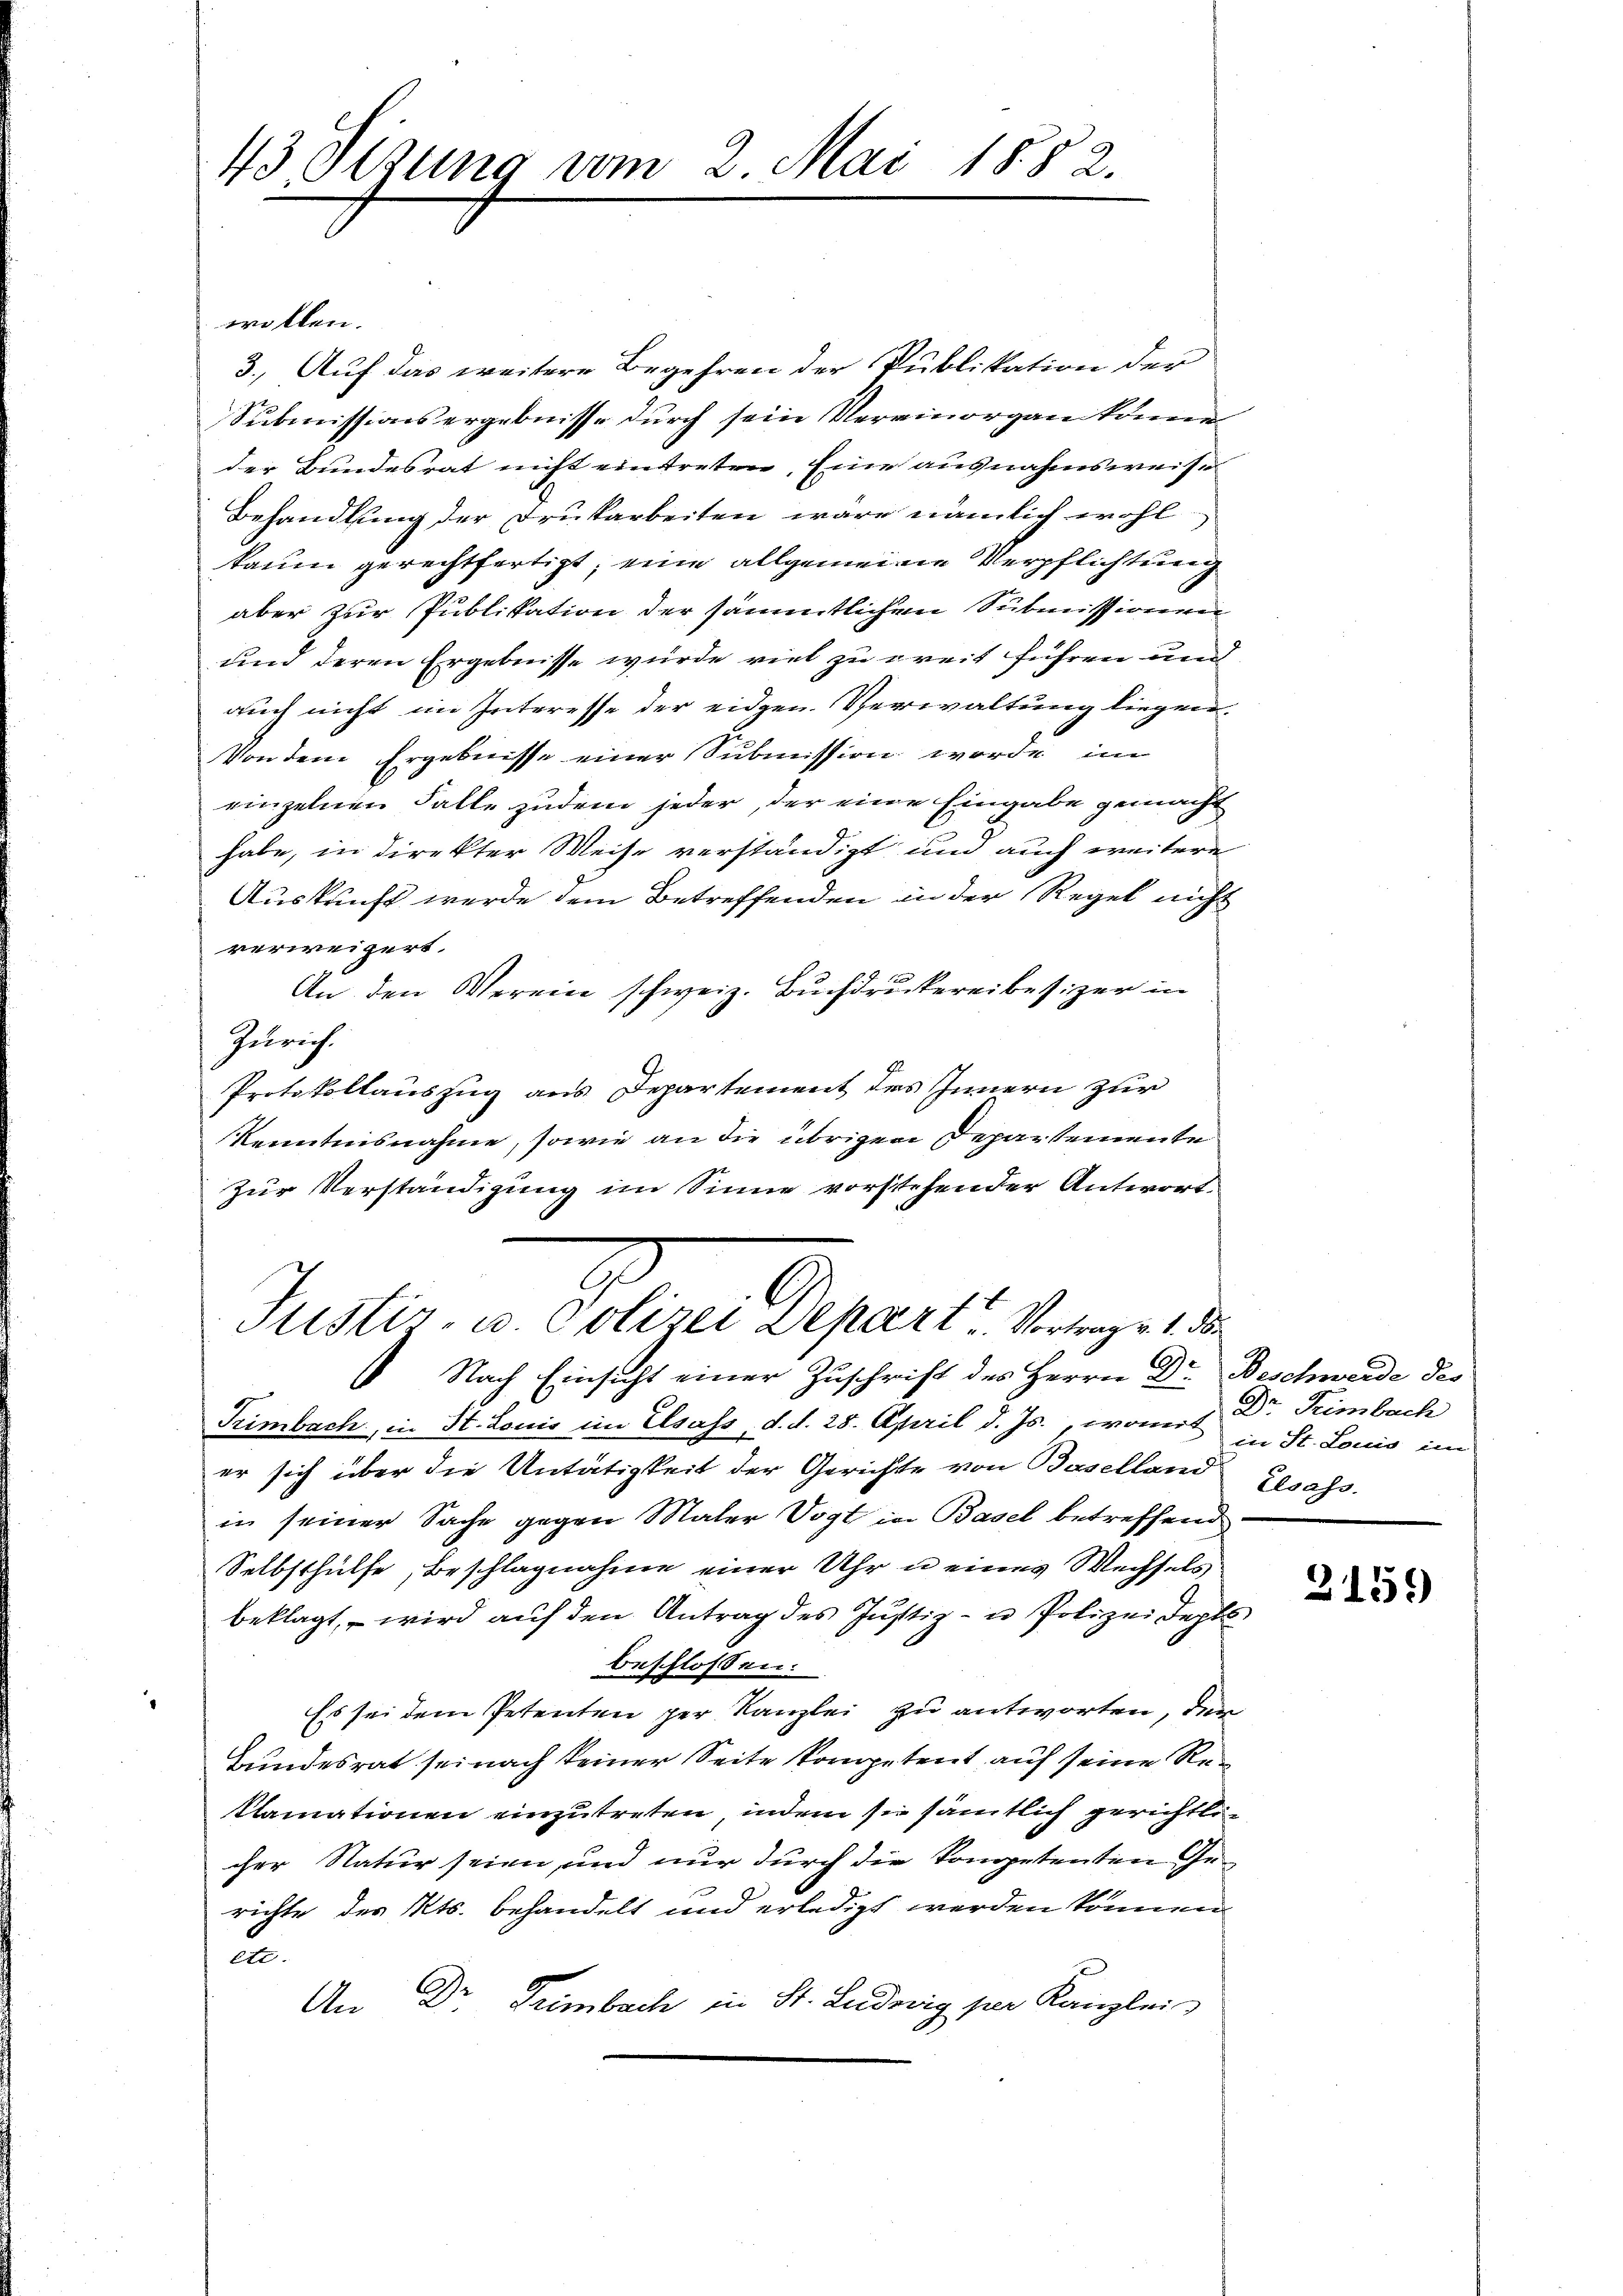
43 Setzung vom 2. Mai 1882.

wollen.
3. Auf das weitere Begehren der Publikation der
Submissionsergebnisse durch sein Verminorgan könne
der Bundesrat nicht eintreten, Eine ausnahmsweise
Behandlung der Drukarbeiten wäre nämlich wohl
kaum gerechtfertigt, eine allgemeine Verpflichtung
aber zur Publikation der sämmtlichem Submissionen
und deren Ergebnisse wurde viel zu weit führen und
auch nicht im Interesse der eidgen. Verwaltung liegen.
Von dem Ergebnisse einer Submission werde im
einzelnen Falle zudem jeder, der eine Eingabe gemacht
habe, in direkter Weise verständigt und auch weitere
Auskunft werde dem Betreffenden in der Regel nicht
verweigert.
An den Verein schweiz. Buchdruckereibesizer in
Zürich.
Protokollauszug aus Departement des Innern zur
Kenntnisnahme, sowie an die übrigen Departemente
Zur Verständigung im Sinne vorstehender Antwort

Justiz- u. Polizei Depart Vortrag v. 1. den
Nach Einsicht einer Zuschrift des Herrn Dr. Beschwerde des

Trimbach, in St. Louis im Elsass, d. d. 28. April d. Js., womit in St. Louis im
er sich über die Untätigkeit der Gerichte von Baselland Gesass.
in seiner Sache gegen Maler Vogt in Basel betreffend
Selbsthülfe, Beschlagnahme einer Uhr u eines Wechsels
beklagt, – wird auf den Antrag des Justiz- u Polizei dept
beschlossen:
.
Es sei dem Petenten per Kanzlei zu antworten, der
Bundesrat sei nach keiner Seite kompetent auf seine Reklamationen einzutreten, indem sie sämtlich gerichtlicher Natur seien, und nur durch die kompetenten Gerichte des Kts. behandelt und erledigt werden können.
c
An Dr. Trimbach in St. Ludwig per Kanzlei

Dr Teimbach

2159